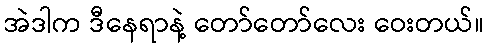
အဲဒါက ဒီနေရာနဲ့ တော်တော်လေး ဝေးတယ်။